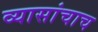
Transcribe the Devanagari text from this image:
व्यासांचाच